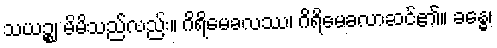
သယဉ္စ၊ မိမိသည်လည်း။ ဂိရိမေခလဿ၊ ဂိရိမေခလာဆင်၏။ ခန္ဓေ၊